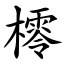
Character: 㯪